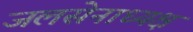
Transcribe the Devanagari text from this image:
जलसेनाध्यक्ष